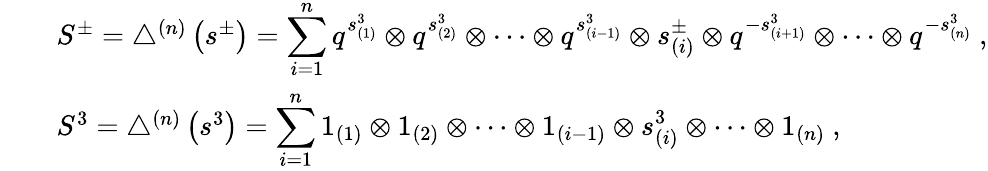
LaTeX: \begin{array}{rcl}{{}}&{{}}&{{S^{\pm}=\bigtriangleup^{(n)}\left(s^{\pm}\right)=\displaystyle\sum_{i=1}^{n}q^{s_{(1)}^{3}}\otimes q^{s_{(2)}^{3}}\otimes\cdots\otimes q^{s_{(i-1)}^{3}}\otimes s_{(i)}^{\pm}\otimes q^{-s_{(i+1)}^{3}}\otimes\cdots\otimes q^{-s_{(n)}^{3}}~,}}\\ {{}}&{{}}&{{S^{3}=\bigtriangleup^{(n)}\left(s^{3}\right)=\displaystyle\sum_{i=1}^{n}1_{(1)}\otimes 1_{(2)}\otimes\cdots\otimes 1_{(i-1)}\otimes s_{(i)}^{3}\otimes\cdots\otimes 1_{(n)}~,}}\end{array}